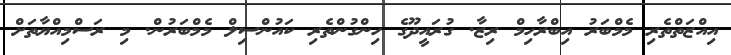
އިއްޒަތްތެރި މެމްބަރު އިބްރާހިމް ރިޒާ. ގުރައީދޫގެ ހިންގުންތެރި ކައުންސިލް މެމްބަރުން. މި ރަސްމިއްޔާތަށް